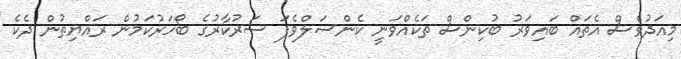
މިއަދުވެސް އެތައް ބައިވަރު ބުކިންސް ތަކެއްވަނީ ކެންސަލްވެފަ ސަރުކާރުގެ ބޯހަރުކަމުން ރައްޔިތުން ދެކެ